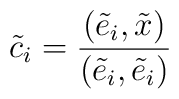
\tilde c_i = \frac{(\tilde e_i,\tilde x)}{(\tilde e_i,\tilde e_i)}